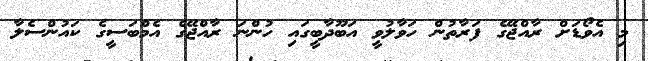
މި އެވޯޑަށް ރާއްޖޭގެ ފަރާތުން ހަވާލުވީ އަބޫދާބީގައި ހުންނަ ރާއްޖޭގެ އެމްބަސީގެ ކައުންސެލާ